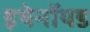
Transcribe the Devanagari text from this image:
इथेनॉयड